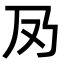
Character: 夃